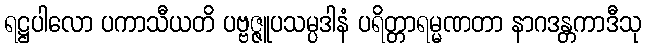
ရဋ္ဌပါလော ပကာသီယတိ ပဗ္ဗဇ္ဇူပသမ္ပဒါနံ ပရိတ္တာရမ္မဏတာ နာဂဒန္တကာဒီသု